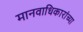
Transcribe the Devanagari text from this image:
मानवाधिकारांच्या